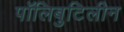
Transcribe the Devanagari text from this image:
पॉलिबुटिलीन